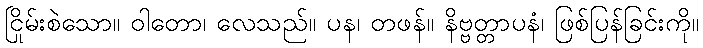
ငြိမ်းစဲသော။ ဝါတော၊ လေသည်။ ပုန၊ တဖန်။ နိဗ္ဗတ္တာပနံ၊ ဖြစ်ပြန်ခြင်းကို။